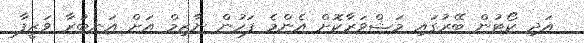
އަދި ކޯޓުން ބޭރުގައި މަޝްވަރާކޮށް އެންމެ ފަހުން ނާޒިމް އަށް އަނބުރާ ވަޒީފާ